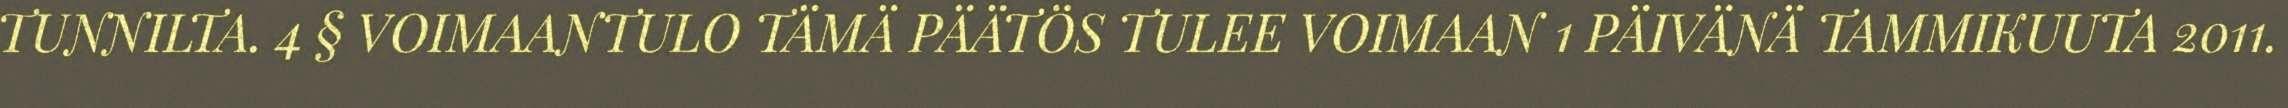
TUNNILTA. 4 § VOIMAANTULO TÄMÄ PÄÄTÖS TULEE VOIMAAN 1 PÄIVÄNÄ TAMMIKUUTA 2011.